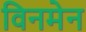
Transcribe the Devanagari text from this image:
विनमेन